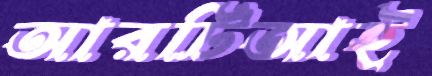
আরটিআই